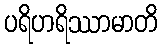
ပရိဟရိဿာမာတိ